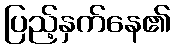
ပြည့်နှက်နေ၏